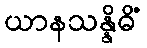
ယာနသန္နိဓိံ